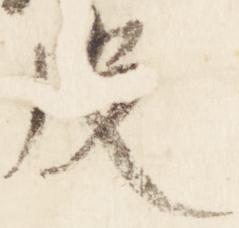
皮